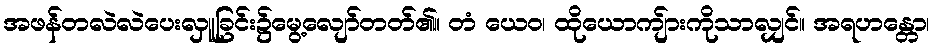
အဖန်တလဲလဲပေးလှူခြင်း၌မွေ့လျော်တတ်၏။ တံ ယေဝ၊ ထိုယောကျ်ားကိုသာလျှင်။ အရဟန္တော၊